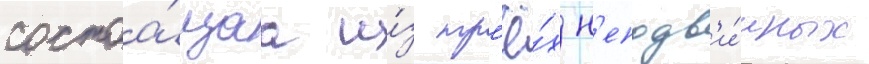
состоа́щаа и́з тр'ё́х н'еподв'и́жных